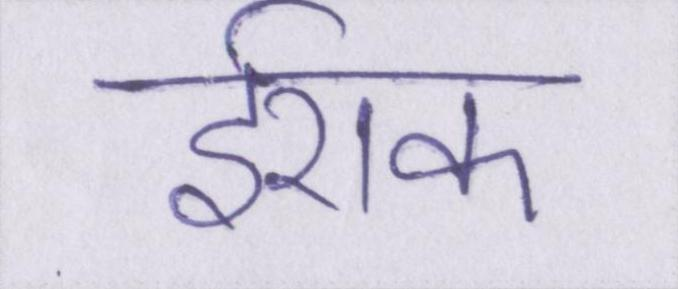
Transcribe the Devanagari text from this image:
ईराक